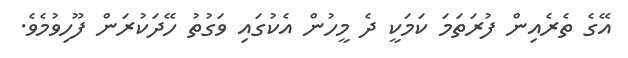
އޭގެ ތެރެއިން ފުރަތަމަ ކަމަކީ ދެ މީހުން އެކުގައި ވަގުތު ހޭދަކުރަން ފޫހިވުމެވެ.